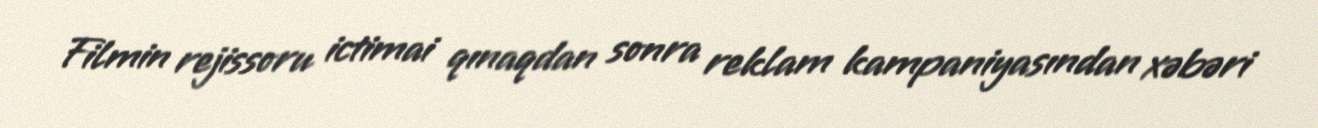
Filmin rejissoru ictimai qınaqdan sonra reklam kampaniyasından xəbəri